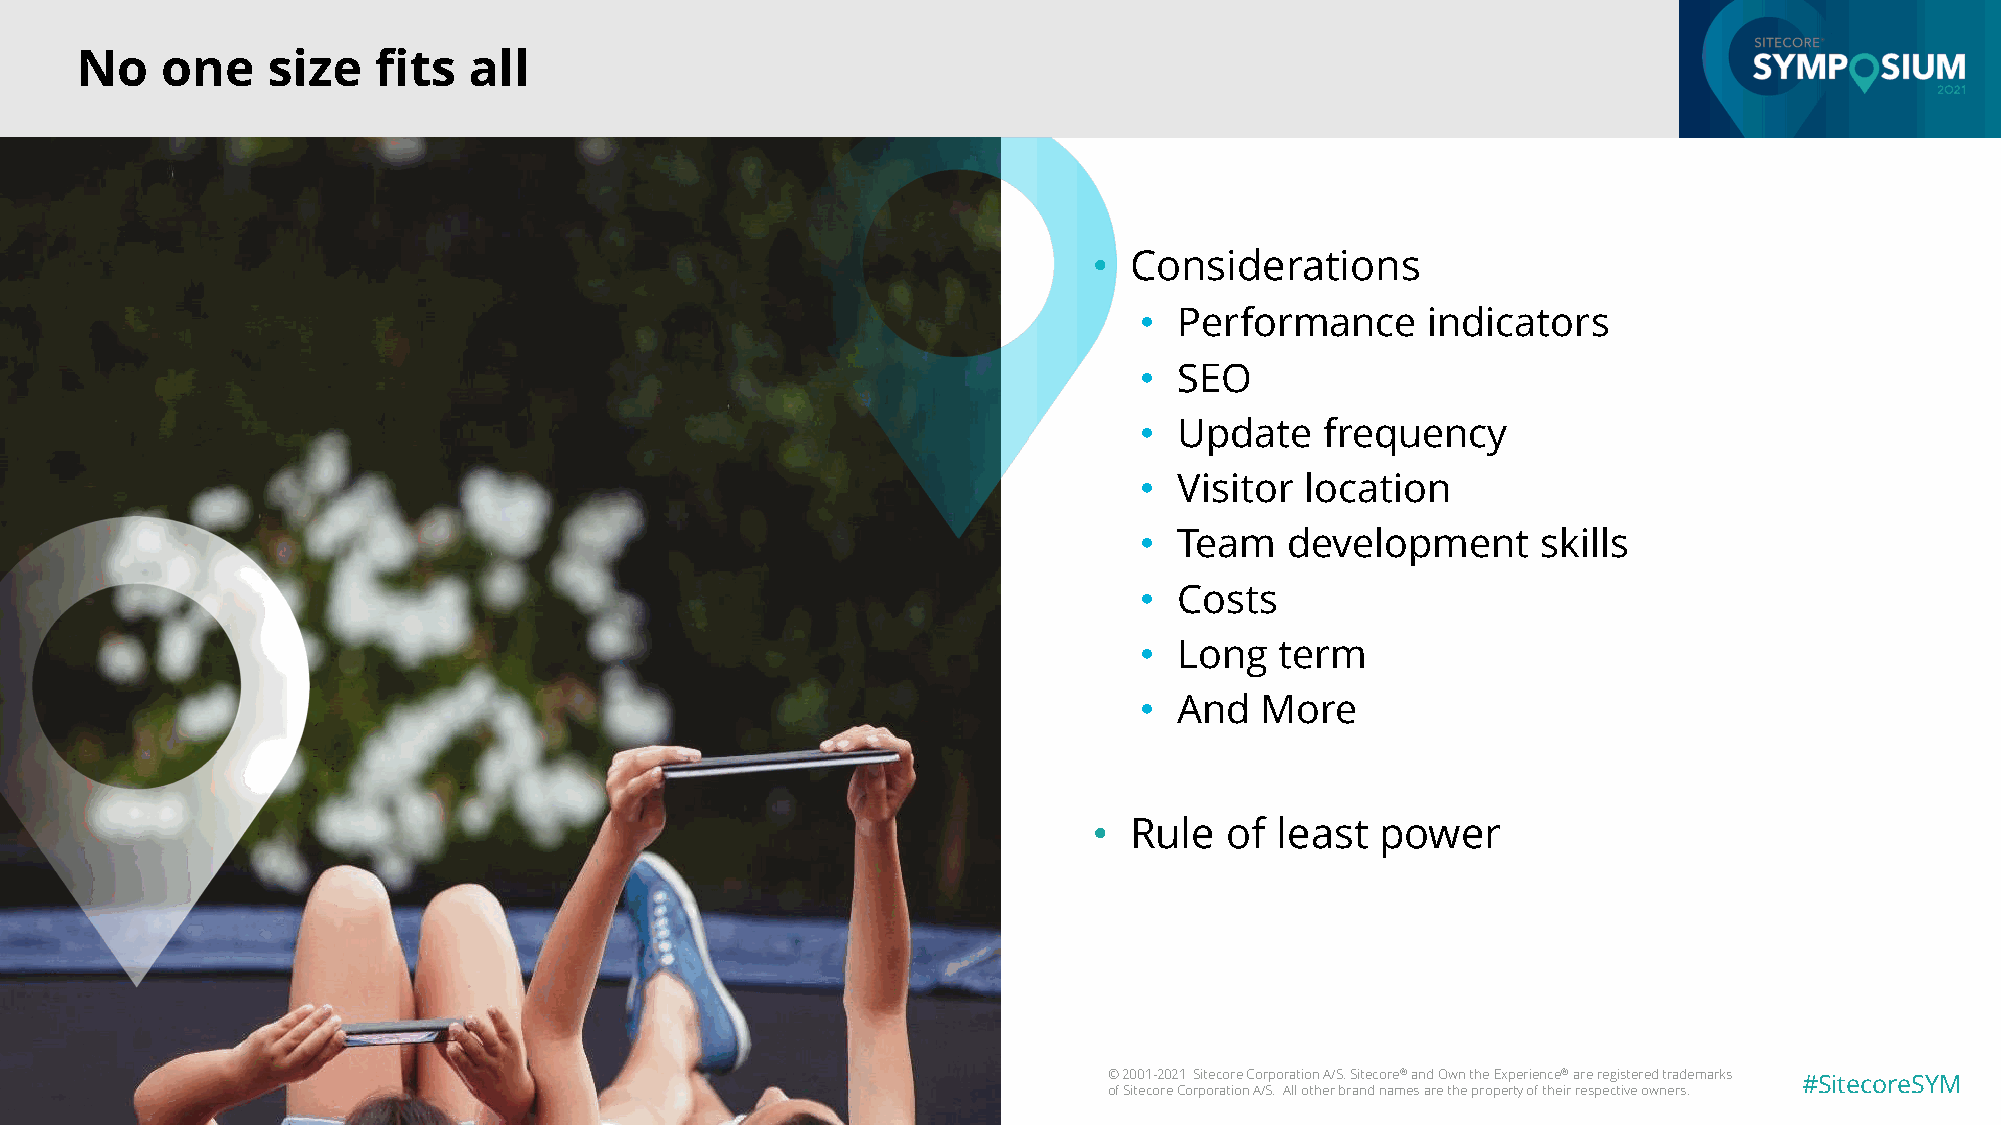
No    one    size   fits  all
 •  Considerations
 •  Performance     indicators
 •  SEO
 •  Update    frequency
 •  Visitor location
 •  Team   development      skills
 •  Costs
 •  Long   term
 •  And  More
 •  Rule  of least  power
 © 2001-2021 Sitecore Corporation A/S. Sitecore®and Own the Experience®are registered trademarks #SitecoreSYM
 of Sitecore Corporation A/S. All other brand names are the property of their respective owners.